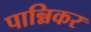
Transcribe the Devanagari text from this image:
पान्निकर